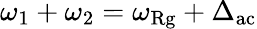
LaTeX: \omega_{1}+\omega_{2}=\omega_{\mathrm{Rg}}+\Delta_{\mathrm{ac}}